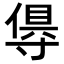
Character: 𭔺